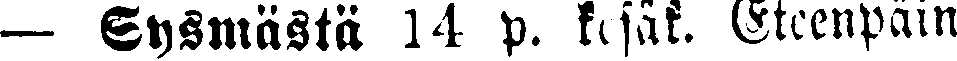
— Sysmästä 14 p. kesäk. Eteenpäin